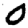
Digit: 0